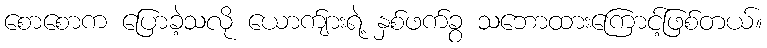
စောစောက ပြောခဲ့သလို ယောက်ျားရဲ့ နှစ်ဖက်ခွ သဘောထားကြောင့်ဖြစ်တယ်။